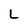
Character: L